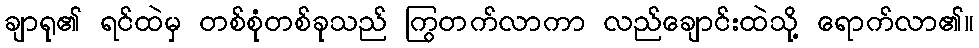
ချာရု၏ ရင်ထဲမှ တစ်စုံတစ်ခုသည် ကြွတက်လာကာ လည်ချောင်းထဲသို့ ရောက်လာ၏။